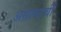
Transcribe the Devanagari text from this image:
असल्याचीं